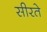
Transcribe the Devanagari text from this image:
सीरते